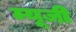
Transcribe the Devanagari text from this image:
म्यू़ज़ी